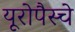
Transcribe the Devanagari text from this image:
यूरोपैस्चे